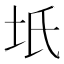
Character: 坁